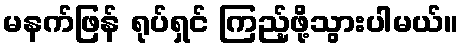
မနက်ဖြန် ရုပ်ရှင် ကြည့်ဖို့သွားပါမယ်။